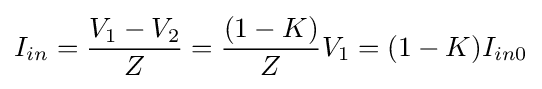
I_{in}={\frac {V_{1}-V_{2}}{Z}}={\frac {(1-K)}{Z}}{V_{1}}={(1-K)}{I_{in0}}